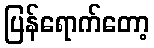
ပြန်ရောက်တော့